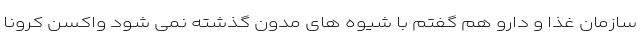
سازمان غذا و دارو هم گفتم با شیوه های مدون گذشته نمی شود واکسن کرونا